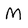
Character: M